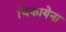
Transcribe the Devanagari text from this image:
चिकायेना